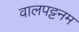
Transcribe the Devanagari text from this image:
वालपट्टनम